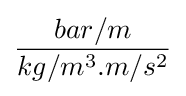
{\frac {bar/m}{kg/m^{3}.m/s^{2}}}